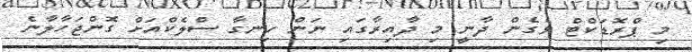
މި ޕްރޮޑަކްޓް ވެގެން ދާނީ މި ދާއިރާގައި ނަން ހިނގާ ސްލެކްއަށް ގޮންޖަހާލާނެ